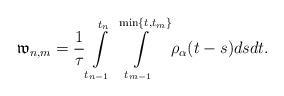
LaTeX: \begin{align*} \mathfrak{w}_{n,m}=\frac{1}{\tau}\int\limits_{t_{n-1}}^{t_{n}} \int\limits_{t_{m-1}}^{\min\{t,t_{m}\}}\rho_{\alpha}(t-s)dsdt. \end{align*}